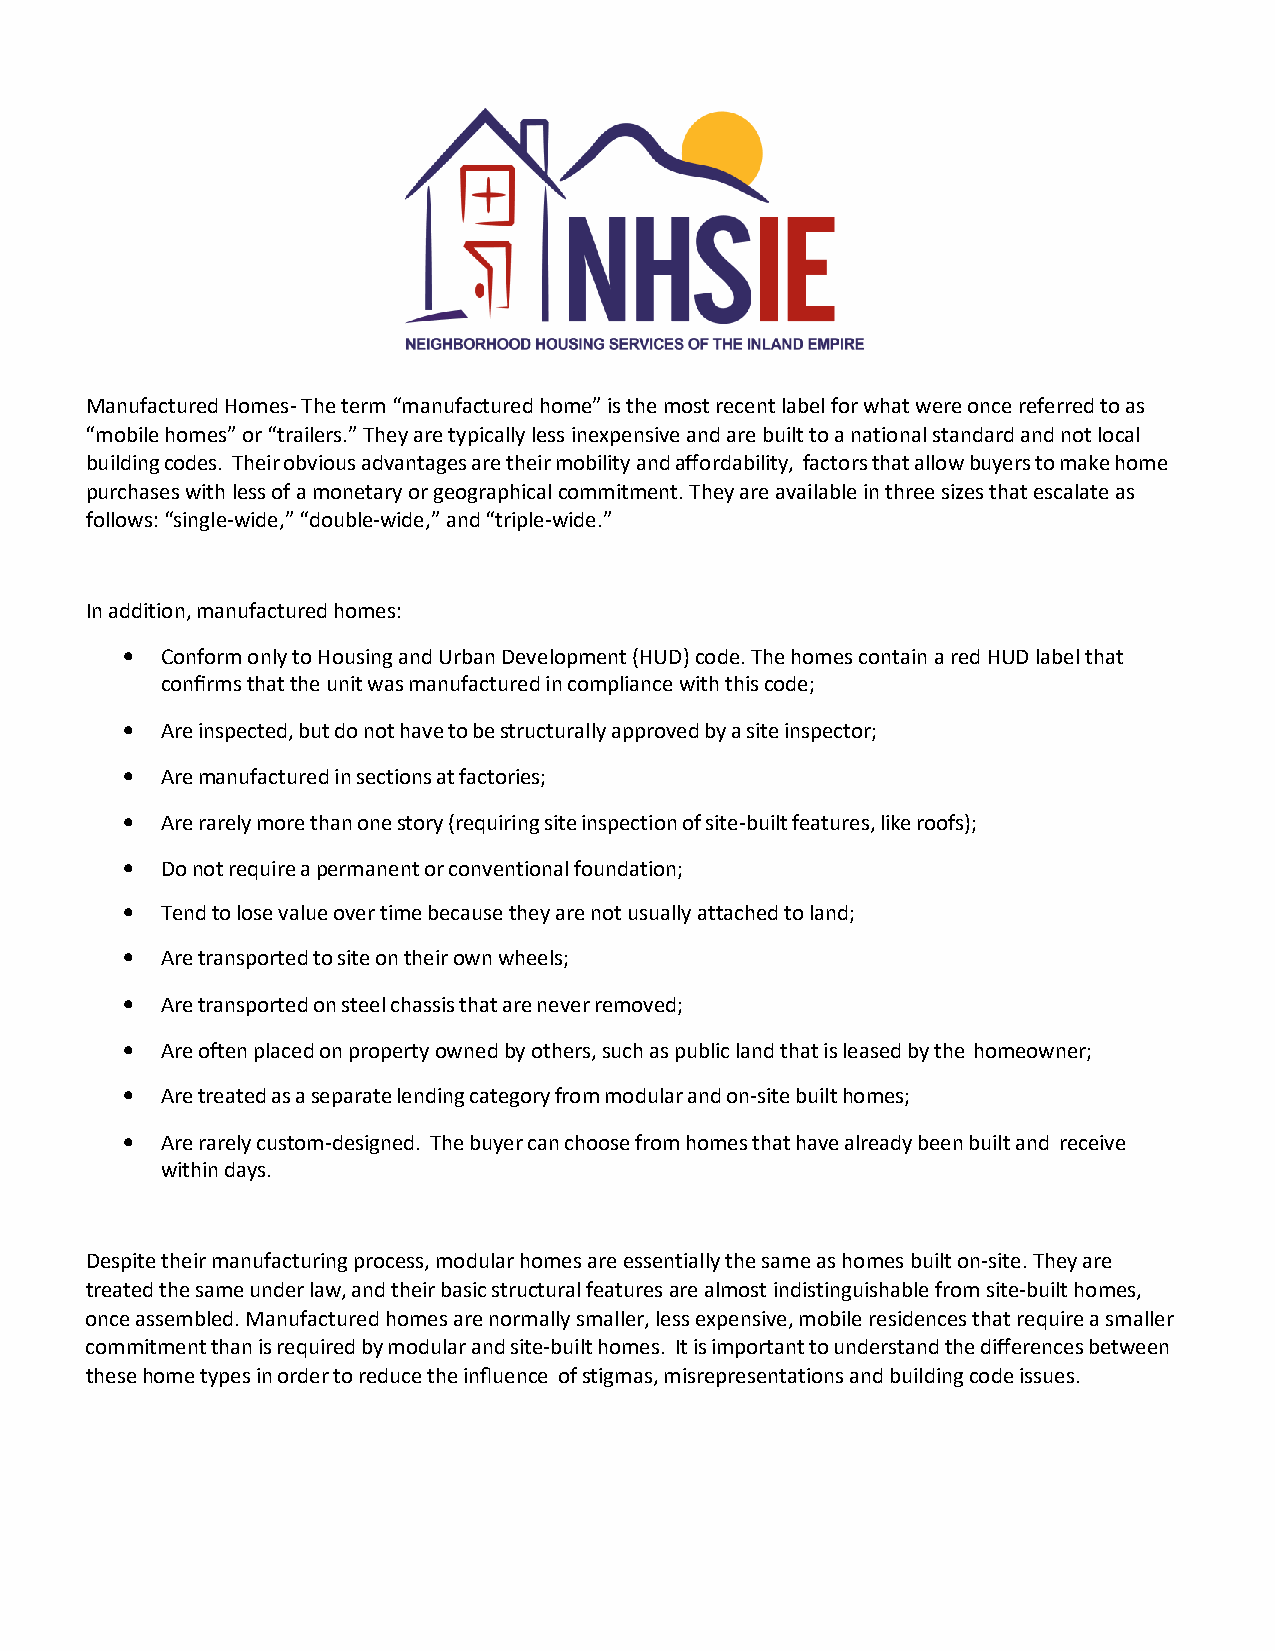
Manufactured Homes- The term “manufactured home” is the most recent label for what were once referred to as
 “mobile homes” or “trailers.” They are typically less inexpensive and are built to a national standard and not local
 building codes. Their obvious advantages are their mobility and affordability, factors that allow buyers to make home
 purchases with less of a monetary or geographical commitment. They are available in three sizes that escalate as
 follows: “single-wide,” “double-wide,” and “triple-wide.”
 In addition, manufactured homes:
 •  Conform only to Housing and Urban Development (HUD) code. The homes contain a red HUD label that
 confirms that the unit was manufactured in compliance with this code;
 •  Are inspected, but do not have to be structurally approved by a site inspector;
 •  Are manufactured in sections at factories;
 •  Are rarely more than one story (requiring site inspection of site-built features, like roofs);
 •  Do not require a permanent or conventional foundation;
 •  Tend to lose value over time because they are not usually attached to land;
 •  Are transported to site on their own wheels;
 •  Are transported on steel chassis that are never removed;
 •  Are often placed on property owned by others, such as public land that is leased by the homeowner;
 •  Are treated as a separate lending category from modular and on-site built homes;
 •  Are rarely custom-designed. The buyer can choose from homes that have already been built and receive
 within days.
 Despite their manufacturing process, modular homes are essentially the same as homes built on-site. They are
 treated the same under law, and their basic structural features are almost indistinguishable from site-built homes,
 once assembled. Manufactured homes are normally smaller, less expensive, mobile residences that require a smaller
 commitment than is required by modular and site-built homes. It is important to understand the differences between
 these home types in order to reduce the influence of stigmas, misrepresentations and building code issues.